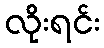
လိုးရင်း